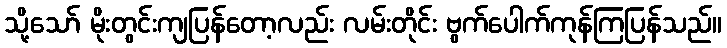
သို့သော် မိုးတွင်းကျပြန်တော့လည်း လမ်းတိုင်း ဗွက်ပေါက်ကုန်ကြပြန်သည်။